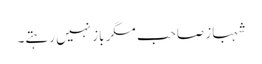
شہباز صاحب مگر باز نہیں رہتے۔